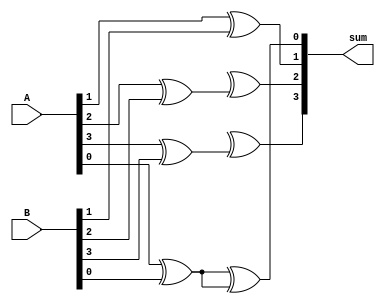
module kogge_stone_adder (
    input [3:0] A,
    input [3:0] B,
    output [3:0] sum
);

// First level of adder
wire [3:0] p0, g0;
assign {p0[0], g0[0]} = A[0] ^ B[0];
assign {p0[1], g0[1]} = A[1] ^ B[1];
assign {p0[2], g0[2]} = A[2] ^ B[2];
assign {p0[3], g0[3]} = A[3] ^ B[3];

// Second level of adder
wire [3:0] p1, g1;
assign {p1[1], g1[1]} = p0[0] & (A[1] ^ B[1]);
assign {p1[2], g1[2]} = p0[1] & (A[2] ^ B[2]);
assign {p1[3], g1[3]} = p0[2] & (A[3] ^ B[3]);

// Third level of adder
wire [3:0] p2, g2;
assign {p2[2], g2[2]} = p1[1] & (p0[2]);
assign {p2[3], g2[3]} = p1[2] & (p0[3]);

// Fourth level of adder
wire [3:0] p3;
assign p3[3] = p2[2] & (p1[3]);

// Final sum calculation
assign sum[0] = A[0] ^ B[0] ^ g0[0];
assign sum[1] = p0[0] ^ g0[1] ^ g1[1];
assign sum[2] = p1[0] ^ g0[2] ^ g1[2] ^ g2[2];
assign sum[3] = p2[0] ^ g0[3] ^ g1[3] ^ g2[3] ^ p3[3];

endmodule